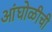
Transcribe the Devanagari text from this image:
आंघोळीची